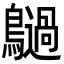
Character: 𪇍